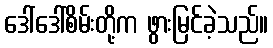
ဒေါ်ဒေါ်စိမ်းတို့က ဖွားမြင်ခဲ့သည်။